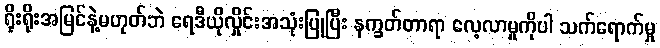
ရိုးရိုးအမြင်နဲ့မဟုတ်ဘဲ ရေဒီယိုလှိုင်းအသုံးပြုပြီး နက္ခတ်တာရာ လေ့လာမှုကိုပါ သက်ရောက်မှု